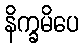
နိက္ခမိပေ